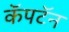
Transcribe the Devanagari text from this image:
कॅपटॅन